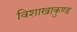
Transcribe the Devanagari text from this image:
विशाखाकुण्ड